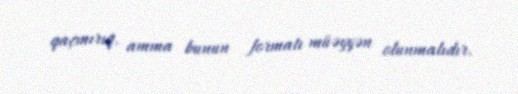
qaçmırıq, amma bunun formatı müəyyən olunmalıdır.